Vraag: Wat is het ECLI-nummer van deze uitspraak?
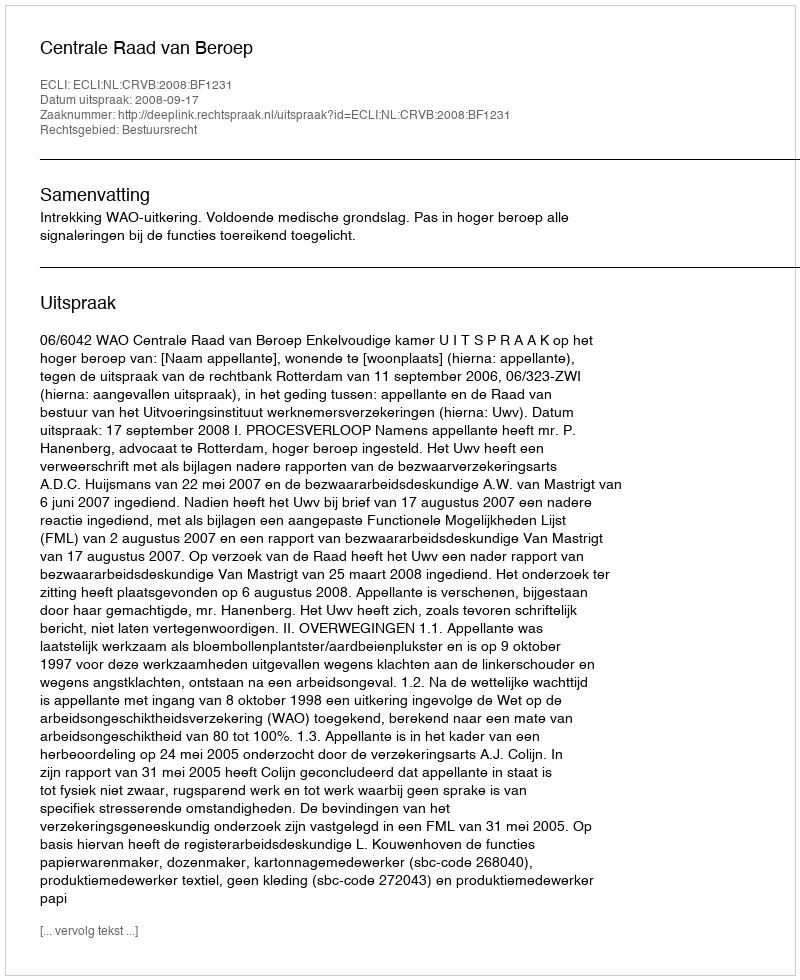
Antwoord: ECLI:NL:CRVB:2008:BF1231